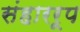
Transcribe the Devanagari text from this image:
संहाररूप